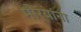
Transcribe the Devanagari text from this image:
मौर्यांना